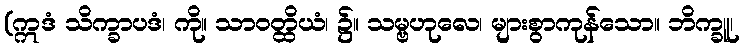
(ဣဒံ သိက္ခာပဒံ၊ ကို။ သာဝတ္ထိယံ၊ ၌။ သမ္ဗဟုလေ၊ များစွာကုန်သော။ ဘိက္ခူ၊